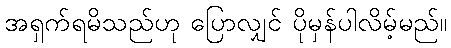
အရှက်ရမိသည်ဟု ပြောလျှင် ပိုမှန်ပါလိမ့်မည်။